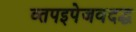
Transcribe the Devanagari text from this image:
व्तपइपेजवदद्ध